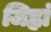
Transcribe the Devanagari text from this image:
जिह्वां